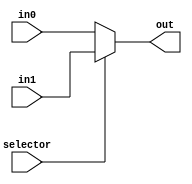
module mux2(
    selector,
    in0, in1,
    out
);
parameter width = 1;

input wire selector;
input wire [width-1:0] in0, in1;
output reg [width-1:0] out;

always @ (*) begin
    if(selector) out <= in1;
    else out <= in0;
end

endmodule